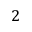
2